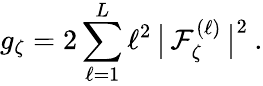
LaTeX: g_{\zeta}=2\sum_{\ell=1}^{L}\ell^{2}\, \big|\mathop{\mathcal{F}_{\zeta}^{(\ell)}}\big|^{2}\: .